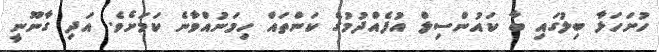
ހުށަހަޅާ ބިލުގައި ބާ ކައުންސިލް އުފެއްދުމުގެ ކަންތައް ހިމަނުއްވާނެ ކަމަށެވެ. އަދި ގާނޫނީ